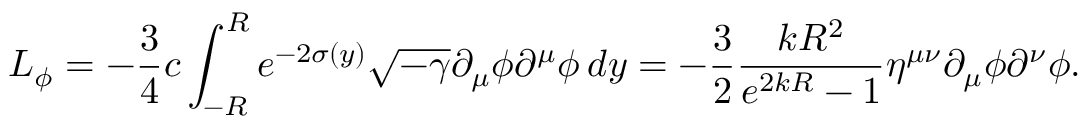
L _ { \phi } = - \frac { 3 } { 4 } c \int _ { - R } ^ { R } e ^ { - 2 \sigma ( y ) } \sqrt { - \gamma } \partial _ { \mu } \phi \partial ^ { \mu } \phi \, d y = - \frac { 3 } { 2 } \frac { k R ^ { 2 } } { e ^ { 2 k R } - 1 } \eta ^ { \mu \nu } \partial _ { \mu } \phi \partial ^ { \nu } \phi .